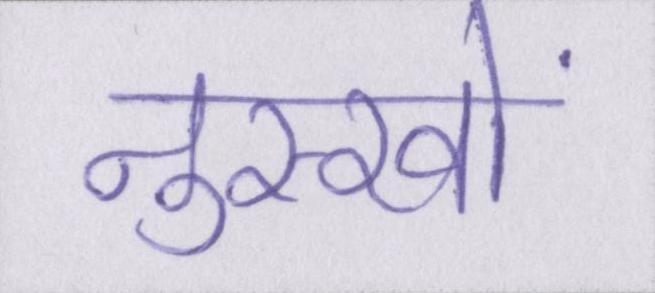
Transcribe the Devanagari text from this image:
नुस्खों